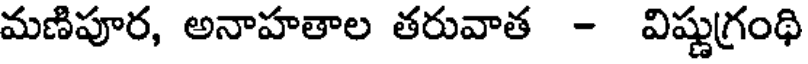
మణిపూర, అనాహతాల తరువాత - విష్ణుగ్రంథి